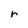
Character: r